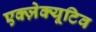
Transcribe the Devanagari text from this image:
एक्ज़ेक्यूटिव